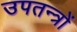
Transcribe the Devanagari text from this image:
उपतन्त्रों